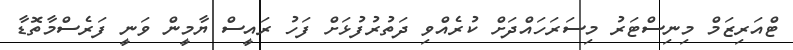
ޓްއަރިޒަމް މިނިސްޓަރު މިސަރަހައްދަށް ކުރެއްވި ދަތުރުފުޅަށް ފަހު ރައީސް ޔާމީން ވަނީ ފަރެސްމާތޮޑާ